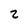
Character: 2